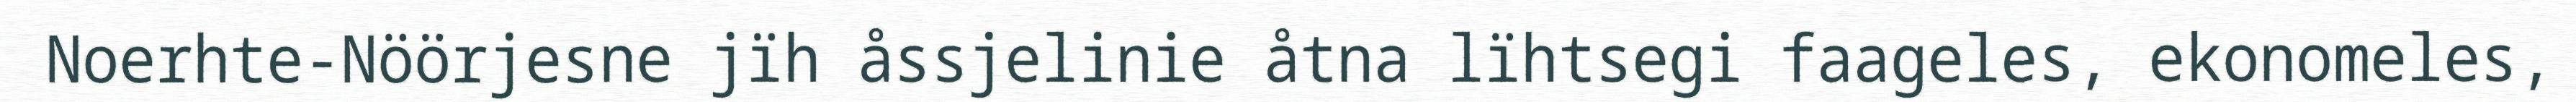
Noerhte-Nöörjesne jïh åssjelinie åtna lïhtsegi faageles, ekonomeles,